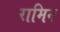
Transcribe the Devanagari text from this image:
रामिन